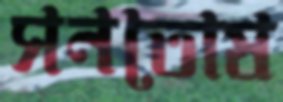
সনতোষ